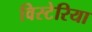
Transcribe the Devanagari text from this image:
विस्टेरिया